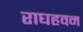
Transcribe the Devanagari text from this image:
राघहवन